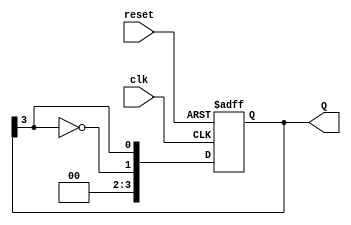
module johnson_counter #(
    parameter n = 4  // Number of flip-flops
) (
    input wire clk,       // Clock input
    input wire reset,     // Asynchronous reset
    output reg [n-1:0] Q // Output of the counter
);

    always @(posedge clk or posedge reset) begin
        if (reset) begin
            Q <= 0; // Reset the counter to 0
        end else begin
            Q <= {~Q[n-1], Q[n-1:n-1]}; // Shift left and feedback inverted last bit
        end
    end

endmodule